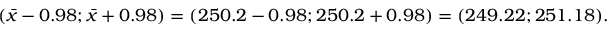
( { \bar { x } } - 0 . 9 8 ; { \bar { x } } + 0 . 9 8 ) = ( 2 5 0 . 2 - 0 . 9 8 ; 2 5 0 . 2 + 0 . 9 8 ) = ( 2 4 9 . 2 2 ; 2 5 1 . 1 8 ) .